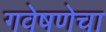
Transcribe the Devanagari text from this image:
गवेषणेचा